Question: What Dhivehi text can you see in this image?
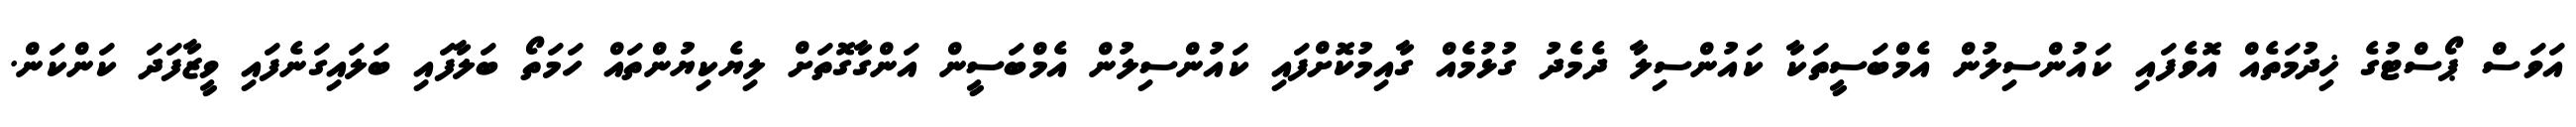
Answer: އަވަސް ޕޯސްޓުގެ ޚިދުމަތެއް އޮވެފައި ކައުންސިލުން އެމްބަސީތަކާ ކައުންސިލާ ދެމެދު ގުޅުމެއް ގާއިމުކޮށްފައި ކައުންސިލުން އެމްބަސީން އަންގާގޮތަށް ލިޔެކިޔުންތައް ހަމަތޯ ބަލާފައި ބަލައިގަނެފައި ވީޒާފަދަ ކަންކަން.